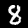
Digit: 8